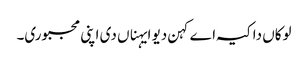
لوکاں دا کیہ اے کہن دیو ایہناں دی اپنی مجبوری۔